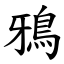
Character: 鴉